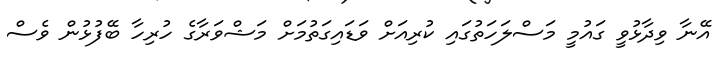
އޭނާ ވިދާޅުވީ ގައުމީ މަސްލަހަތުގައި ކުރިއަށް ވަޑައިގަތުމަށް މަޝްވަރާގެ ހުރިހާ ބޭފުޅުން ވެސް